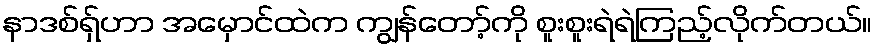
နာဒစ်ရှ်ဟာ အမှောင်ထဲက ကျွန်တော့်ကို စူးစူးရဲရဲကြည့်လိုက်တယ်။